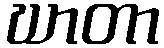
ဃာတာ